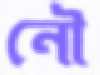
নৌ